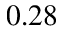
0 . 2 8